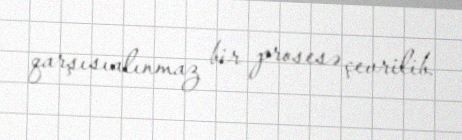
qarşısıalınmaz bir prosesə çevrilib.